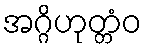
အဂ္ဂိဟုတ္တံဝ